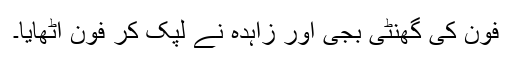
فون کی گھنٹی بجی اور زاہدہ نے لپک کر فون اٹھایا۔